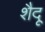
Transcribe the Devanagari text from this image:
शैदू